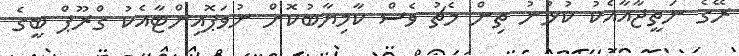
ރޭގެ ނަތީޖާއާއެކު ކުޅުނު ތިން މެޗު ވެސް ކާމިޔާބުކޮށް ނުވަޕޮއިންޓާއެކު ގްރޫޕް ބީގެ